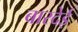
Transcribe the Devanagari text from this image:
बारदेई